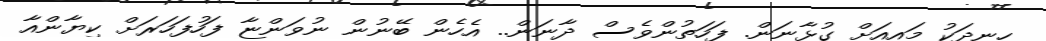
ހިނދަކު މައިއަށް ގުޅާނަން. ފަހަތުންވެސް ދާނަން.. އެހެން ބޭނުން ނުވަންޏާ ފަހުފަހަރަށް ކިޔާންއާ